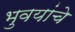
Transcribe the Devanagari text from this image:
भुवयांचे